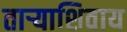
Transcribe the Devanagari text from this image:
ताऱ्याशिवाय